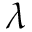
\lambda